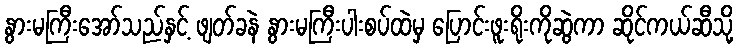
နွားမကြီးအော်သည်နှင့် ဖျတ်ခနဲ နွားမကြီးပါးစပ်ထဲမှ ပြောင်းဖူးရိုးကိုဆွဲကာ ဆိုင်ကယ်ဆီသို့